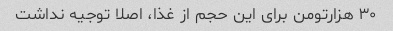
۳۰ هزارتومن برای این حجم از غذا، اصلا توجیه نداشت